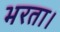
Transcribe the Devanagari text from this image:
भरता।